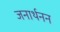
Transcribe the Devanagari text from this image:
जनार्थनन